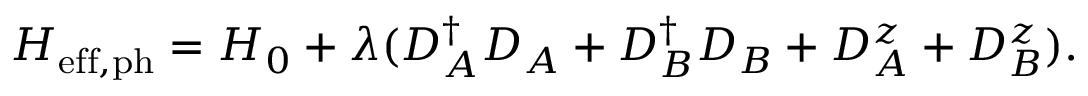
H _ { \mathrm { e f f , p h } } = H _ { 0 } + \lambda ( D _ { A } ^ { \dagger } D _ { A } + D _ { B } ^ { \dagger } D _ { B } + D _ { A } ^ { z } + D _ { B } ^ { z } ) .